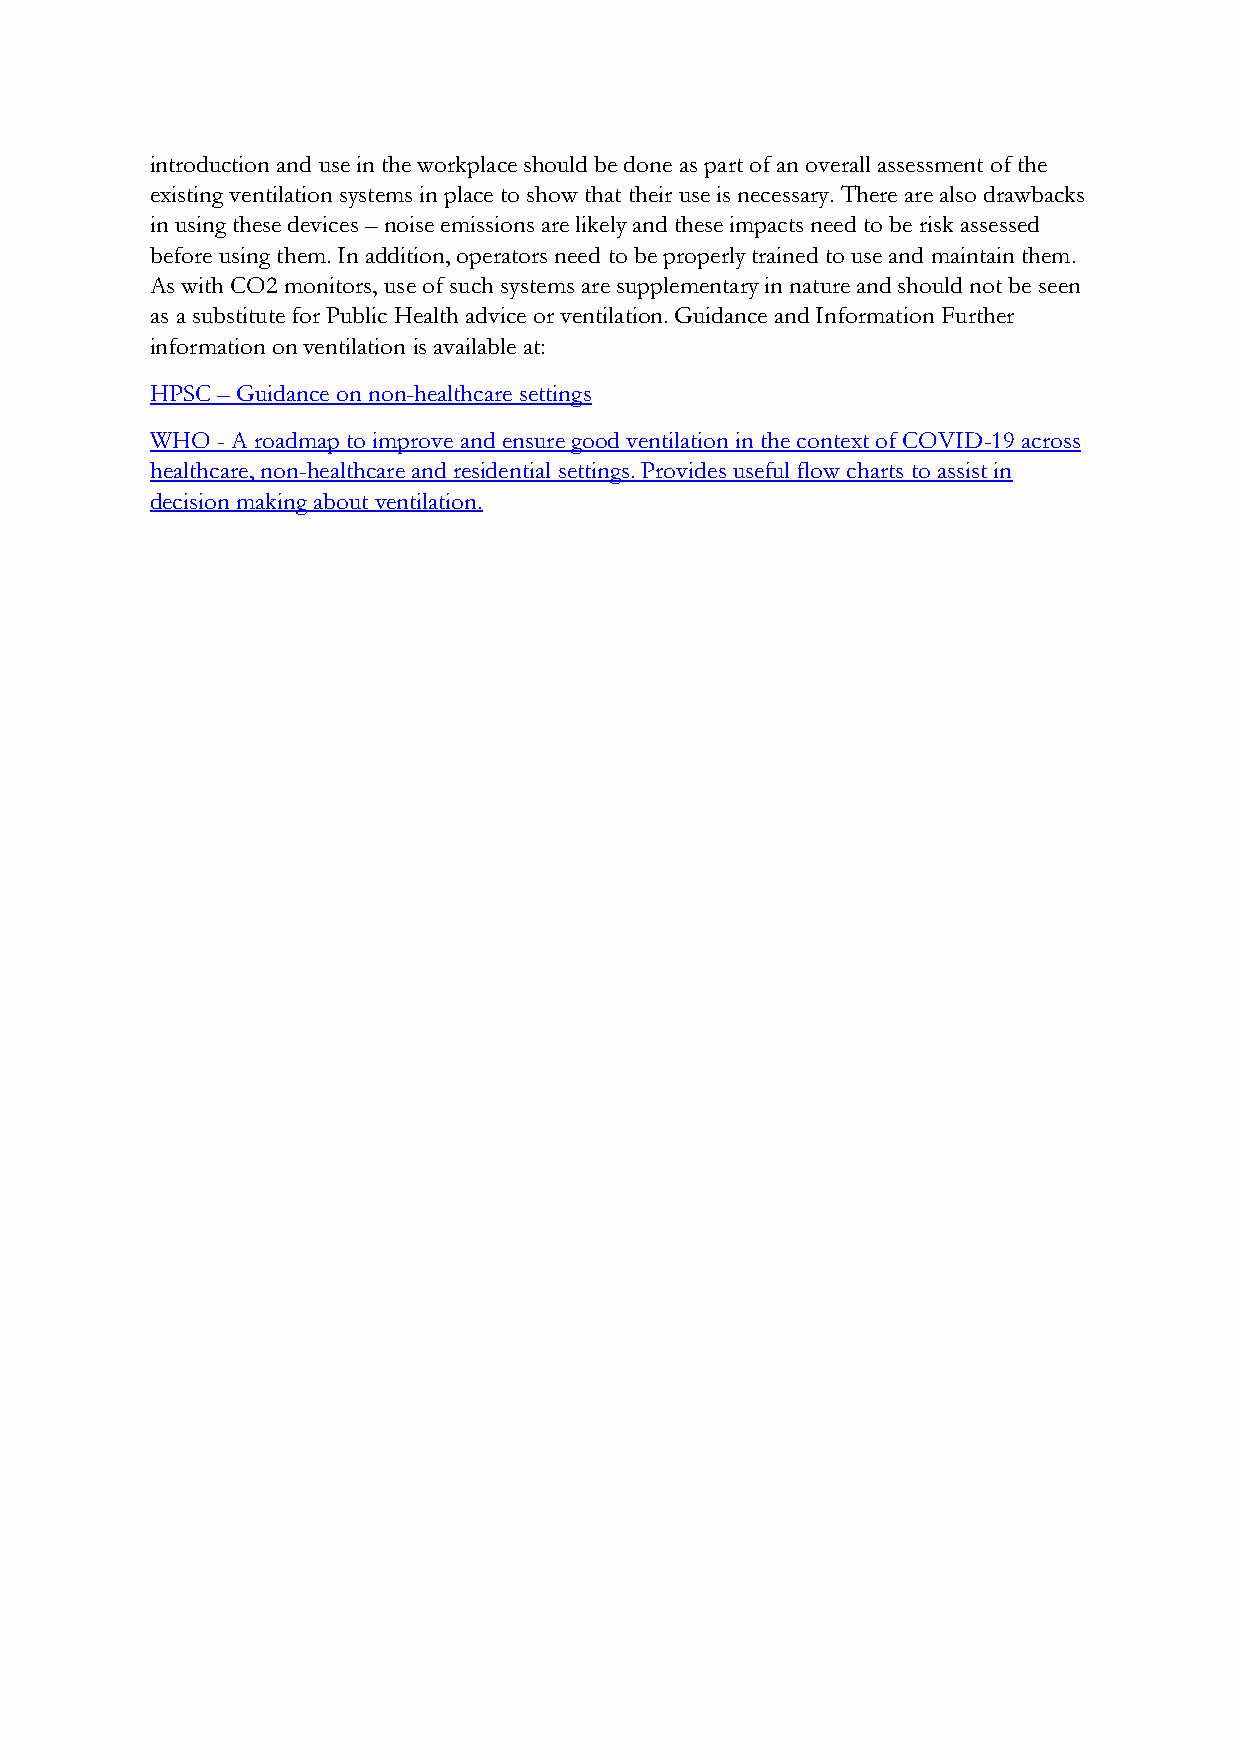
introduction and use in the workplace should be done as part of an overall assessment of the
 existing ventilation systems in place to show that their use is necessary. There are also drawbacks
 in using these devices – noise emissions are likely and these impacts need to be risk assessed
 before using them. In addition, operators need to be properly trained to use and maintain them.
 As with CO2 monitors, use of such systems are supplementary in nature and should not be seen
 as a substitute for Public Health advice or ventilation. Guidance and Information Further
 information on ventilation is available at:
 HPSC – Guidance on non-healthcare settings
 WHO - A roadmap to improve and ensure good ventilation in the context of COVID-19 across
 healthcare, non-healthcare and residential settings. Provides useful flow charts to assist in
 decision making about ventilation.